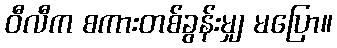
ဝီလီက စကားတစ်ခွန်းမျှ မပြော။